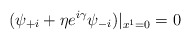
\begin{align*}(\psi_{+i}+\eta e^{i\gamma}\psi_{-i})|_{x^1=0}=0\end{align*}